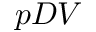
p D V